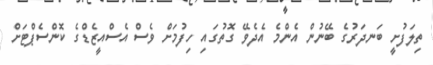
ތިލަފުށީ ބަނދަރުގެ ބޭނުން އެންމެ އެދެވޭ ގޮތުގައި ހިފުމަށް ވެސް އެސްއީޒެޑްގެ ކޮންސެޕްޓަށް